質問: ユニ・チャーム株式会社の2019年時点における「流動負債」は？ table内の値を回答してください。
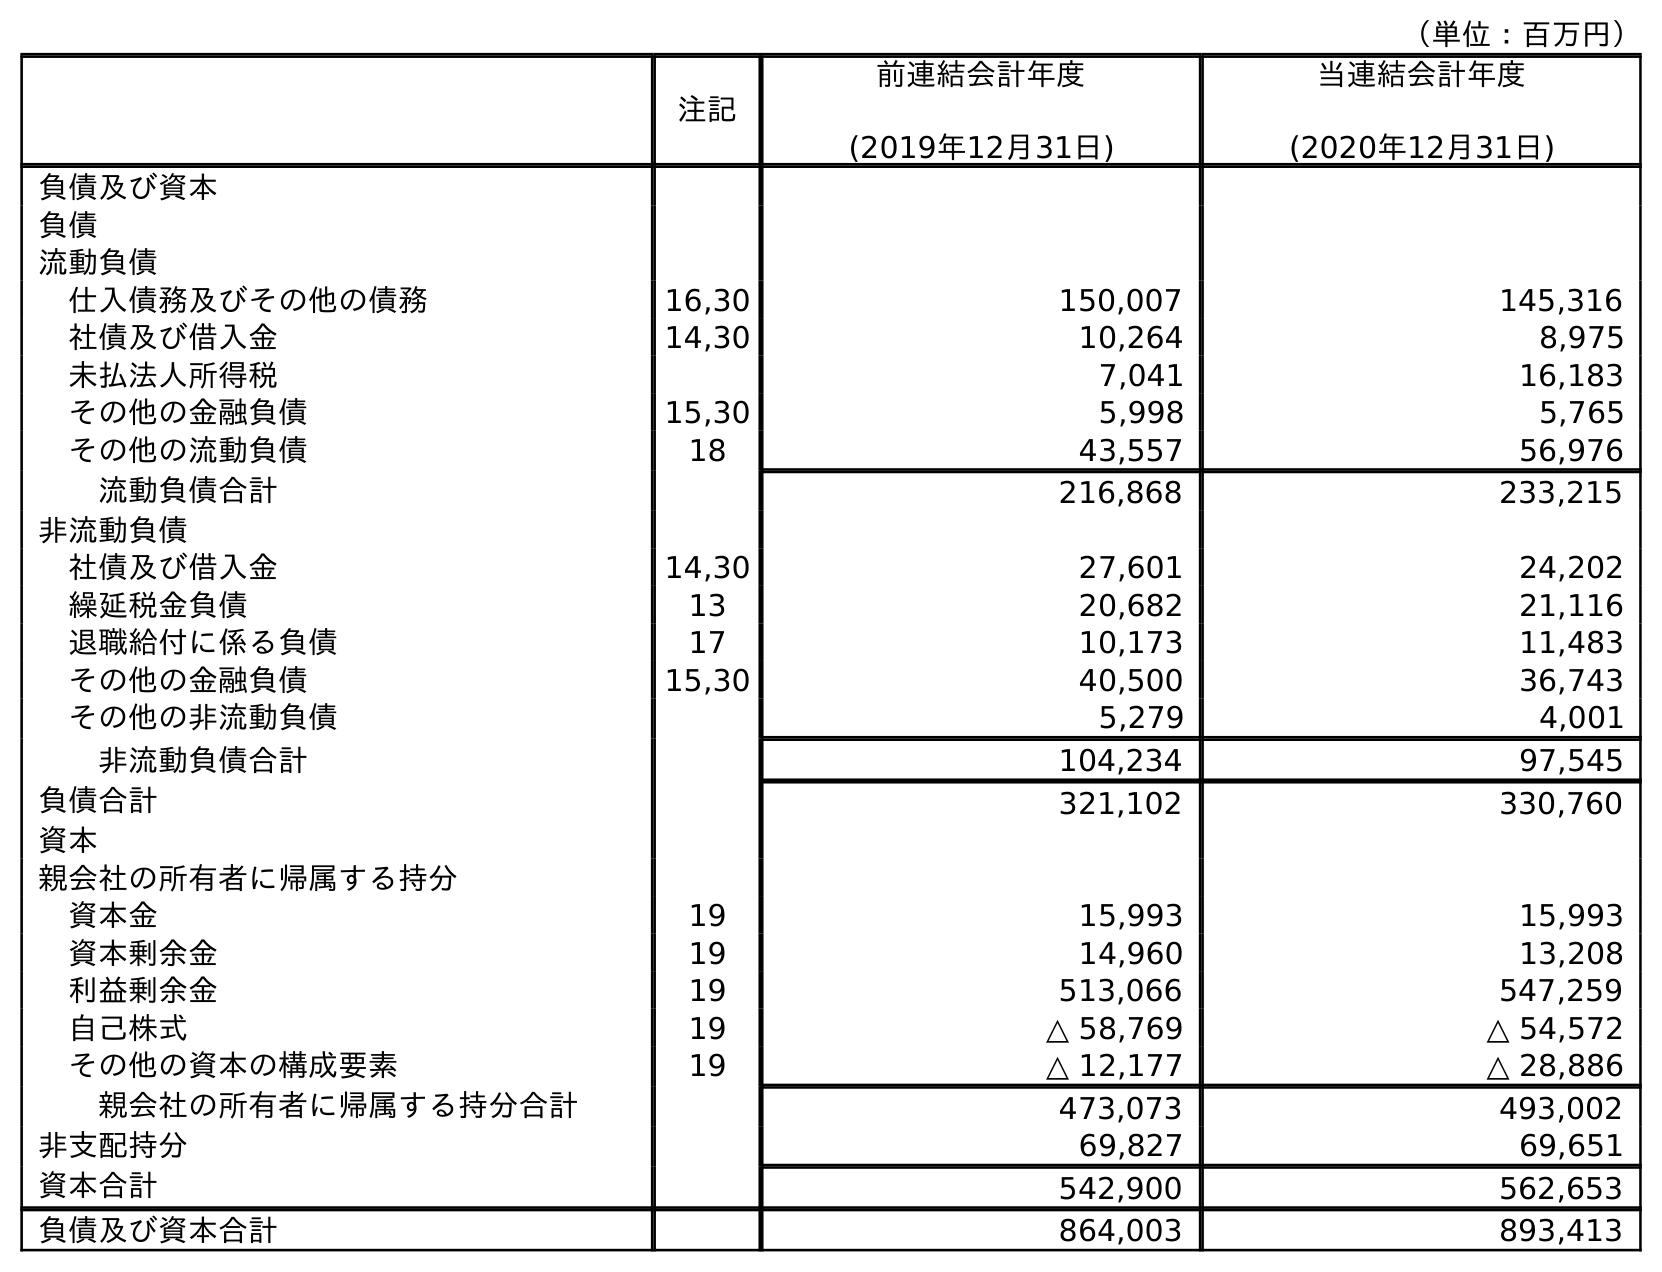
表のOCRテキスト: （単位：百万円） 注記 前連結会計年度 (2019年12月31日) 当連結会計年度 (2020年12月31日) 負債及び資本 負債 流動負債 仕入債務及びその他の債務 16,30 150,007 145,316 社債及び借入金 14,30 10,264 8,975 未払法人所得税 7,041 16,183 その他の金融負債 15,30 5,998 5,765 その他の流動負債 18 43,557 56,976 流動負債合計 216,868 233,215 非流動負債 社債及び借入金 14,30 27,601 24,202 繰延税金負債 13 20,682 21,116 退職給付に係る負債 17 10,173 11,483 その他の金融負債 15,30 40,500 36,743 その他の非流動負債 5,279 4,001 非流動負債合計 104,234 97,545 負債合計 321,102 330,760 資本 親会社の所有者に帰属する持分 資本金 19 15,993 15,993 資本剰余金 19 14,960 13,208 利益剰余金 19 513,066 547,259 自己株式 19 △ 58,769 △ 54,572 その他の資本の構成要素 19 △ 12,177 △ 28,886 親会社の所有者に帰属する持分合計 473,073 493,002 非支配持分 69,827 69,651 資本合計 542,900 562,653 負債及び資本合計 864,003 893,413
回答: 216,868